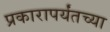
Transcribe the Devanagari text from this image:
प्रकारापर्यंतच्या